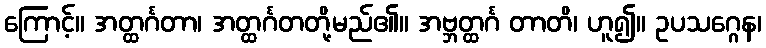
ကြောင့်။ အတ္ထင်္ဂတာ၊ အတ္ထင်္ဂတတို့မည်၏။ အဗ္ဘတ္ထင်္ဂ တာတိ၊ ဟူ၍။ ဥပသဂ္ဂေန၊